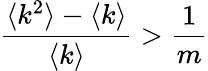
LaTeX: \frac{\langle k^{2}\rangle-\langle k\rangle}{\langle k\rangle}>\frac{1}{m}